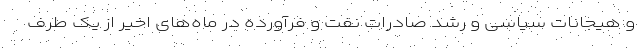
و هیجانات سیاسی و رشد صادرات نفت و فرآورده در ماه‌های اخیر از یک طرف